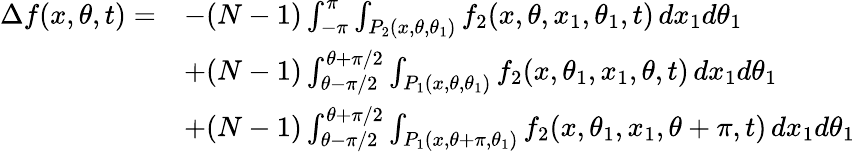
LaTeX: \begin{array}{rl}{\Delta f(x,\theta,t)=}&{-(N-1)\int_{-\pi}^{\pi}\int_{P_{2}(x,\theta,\theta_{1})}f_{2}(x,\theta,x_{1},\theta_{1},t)\, dx_{1}d\theta_{1}}\\ &{+(N-1)\int_{\theta-\pi/2}^{\theta+\pi/2}\int_{P_{1}(x,\theta,\theta_{1})}f_{2}(x,\theta_{1},x_{1},\theta,t)\, dx_{1}d\theta_{1}}\\ &{+(N-1)\int_{\theta-\pi/2}^{\theta+\pi/2}\int_{P_{1}(x,\theta+\pi,\theta_{1})}f_{2}(x,\theta_{1},x_{1},\theta+\pi,t)\, dx_{1}d\theta_{1}}\end{array}